Source: Computer-generated
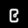
Digit: ၉ (9)